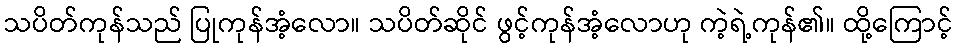
သပိတ်ကုန်သည် ပြုကုန်အံ့လော။ သပိတ်ဆိုင် ဖွင့်ကုန်အံ့လောဟု ကဲ့ရဲ့ကုန်၏။ ထို့ကြောင့်